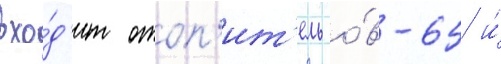
вхо́д'ит отоп'ит'ель о́в-65 и́